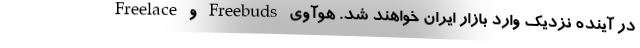
در آینده نزدیک وارد بازار ایران خواهند شد. هوآوی Freebuds و Freelace